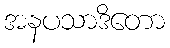
အနပသာဒိတော